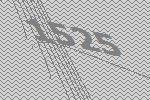
1525